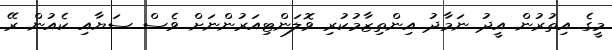
މީގެ އިތުރުން އީދު ނަމާދު އިންތިޒާމުކުރި ވޮލަންޓިއަރުންނަށް ވެސް ސަޔާއި ކެއުން ރޭ